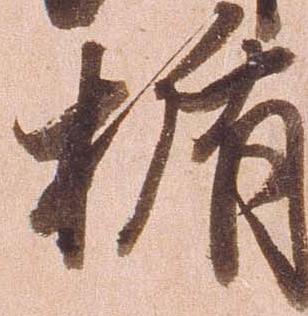
楯